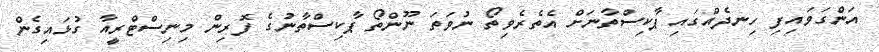
އަންގަވައިފި ހިނދެއްގައި ޕާކިސްތާނަށް އެތެރެވިތޯ ނުވަތަ ނޫންތޯ ޕާކިސްތާނުގެ ފޮރިން މިނިސްޓްރީއާ ގުޅައިގެން